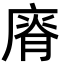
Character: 𢊌